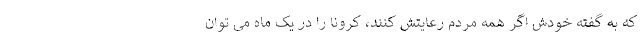
که به گفته خودش اگر همه مردم رعایتش کنند، کرونا را در یک ماه می توان